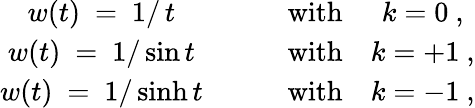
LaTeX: \begin{array}{cccc}{{w(t)~=~1/\, t}}&{{\quad}}&{{\mathrm{with}}}&{{k=0~,}}\\ {{w(t)~=~1/\sin t}}&{{\quad}}&{{\mathrm{with}}}&{{k=+1~,}}\\ {{w(t)~=~1/\sinh t}}&{{\quad}}&{{\mathrm{with}}}&{{k=-1~,}}\end{array}